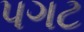
પગટ